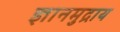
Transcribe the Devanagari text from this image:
ज्ञानमुद्राय